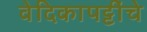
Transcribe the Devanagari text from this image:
वेदिकापट्टींचे